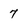
Character: 7